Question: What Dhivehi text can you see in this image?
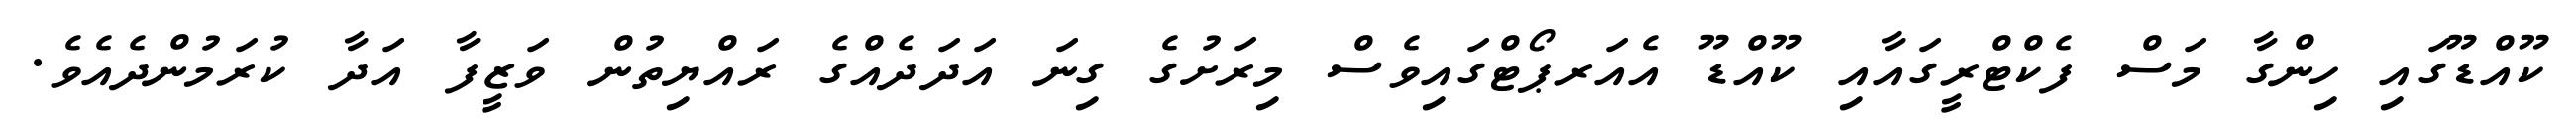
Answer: ކޫއްޑޫގައި ހިންގާ މަސް ފެކްޓްރީގައާއި ކޫއްޑޫ އެއަރޕޯޓްގައިވެސް މިރަށުގެ ގިނަ އަދަދެއްގެ ރައްޔިތުން ވަޒީފާ އަދާ ކުރަމުންދެއެވެ.